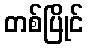
တစ်ပြိုင်